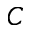
C